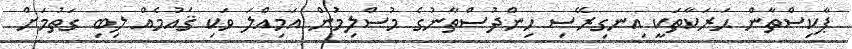
ޕާކިސްތާން ޙަރަކާތަކީ އިނގިރޭސި ހިންދުސްތާނުގެ މުސްލިމުން އަމިއްލަ ވަކި ޤައުމެއް ލިބި ގަތުމަށް